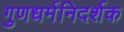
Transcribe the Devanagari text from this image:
गुणधर्मनिदर्शक